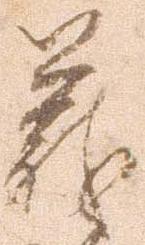
義